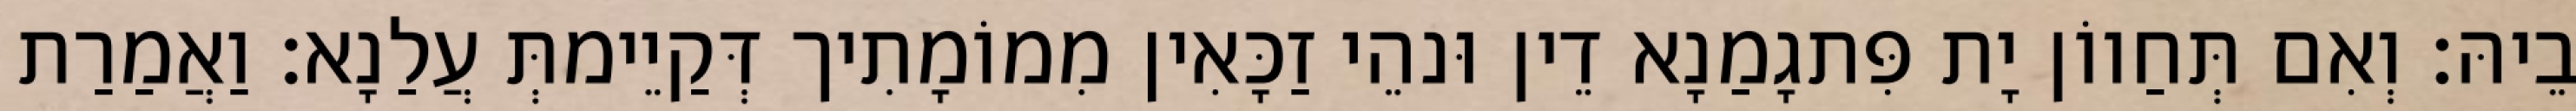
בֵיהּ׃ וְאִם תְּחַווֹן יָת פִּתגָמַנָא דֵין וּנהֵי זַכָּאִין מִמוֹמָתִיך דְּקַיֵימתְּ עֲלַנָא׃ וַאֲמַרַת